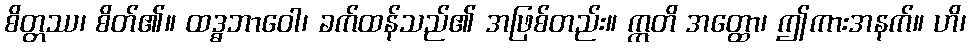
စိတ္တဿ၊ စိတ်၏။ ထဒ္ဓဘာဝေါ၊ ခက်ထန်သည်၏ အဖြစ်တည်း။ ဣတိ အတ္ထော၊ ဤကားအနက်။ ဟိ၊